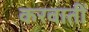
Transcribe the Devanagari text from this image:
करवातीं